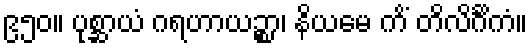
၉၅၀။ ပုစ္ဆာယံ ဂရဟာယဉ္စာ၊ နိယမေ ကိံ တိလိင်္ဂိကံ။